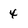
Character: 4